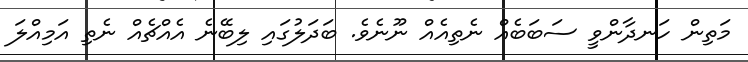
މަތިން ހަނދާންވީ ސަބަބެއް ނެތިއެއް ނޫނެވެ. ބަދަލުގައި ލިބޭނެ އެއްޗެއް ނެތި އަމިއްލަ